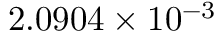
2 . 0 9 0 4 \times 1 0 ^ { - 3 }